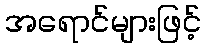
အရောင်များဖြင့်